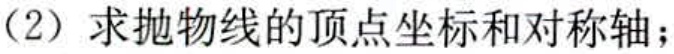
（2）求抛物线的顶点坐标和对称轴；